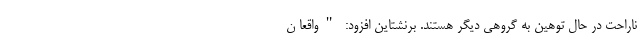
ناراحت در حال توهین به گروهی دیگر هستند. برنشتاین افزود: "واقعا ن